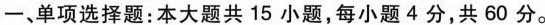
一、单项选择题：本大题共15小题，每小题4分，共60分。